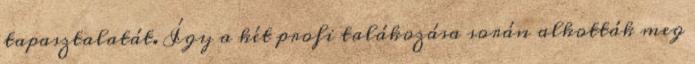
tapasztalatát. Így a két profi talákozása során alkották meg